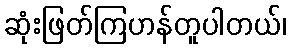
ဆုံးဖြတ်ကြဟန်တူပါတယ်၊